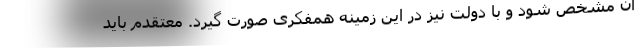
آن مشخص شود و با دولت نیز در این زمینه همفکری صورت گیرد. معتقدم باید